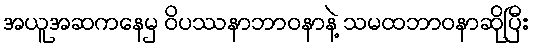
အယူအဆကနေမှ ဝိပဿနာဘာဝနာနဲ့ သမထဘာဝနာဆိုပြီး